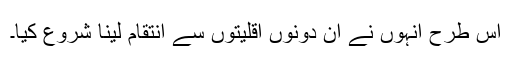
اس طرح انہوں نے ان دونوں اقلیتوں سے انتقام لینا شروع کیا۔